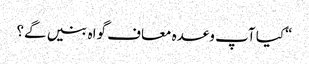
“کیا آپ وعدہ معاف گواہ بنیں گے؟